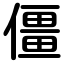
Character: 僵